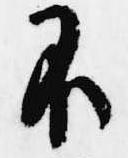
不